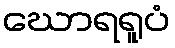
ဃောရရူပံ